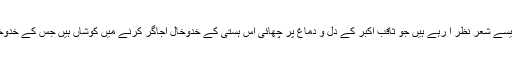
رہ رہ کر ہمیں ایسے شعر نظر آ رہے ہیں جو ثاقب اکبر کے دل و دماغ پر چھائی اس ہستی کے خدوخال اجاگر کرنے میں کوشاں ہیں جس کے خدوخال ہیں ہی نہیں۔